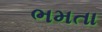
ભમતા